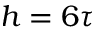
h = 6 \tau